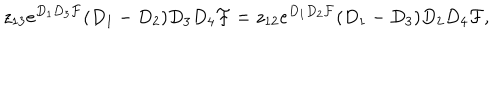
z _ { 1 3 } e ^ { D _ { 1 } D _ { 3 } { \cal F } } ( D _ { 1 } - D _ { 2 } ) D _ { 3 } D _ { 4 } { \cal F } = z _ { 1 2 } e ^ { D _ { 1 } D _ { 2 } { \cal F } } ( D _ { 1 } - D _ { 3 } ) D _ { 2 } D _ { 4 } { \cal F } ,